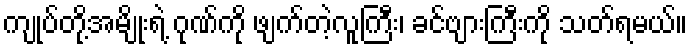
ကျုပ်တို့အမျိုးရဲ့ ဂုဏ်ကို ဖျက်တဲ့လူကြီး၊ ခင်ဗျားကြီးကို သတ်ရမယ်။